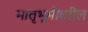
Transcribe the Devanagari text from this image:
मातृभूमीवरील